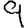
Digit: 9